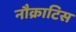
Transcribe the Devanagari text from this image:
नौक्राटिस